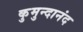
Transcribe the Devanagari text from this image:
कुमुन्दानंद